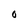
Character: 0